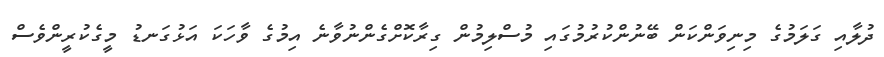
ދުލާއި ގަލަމުގެ މިނިވަންކަން ބޭނުންކުރުމުގައި މުސްލިމުން ގިރާކޮށްގެންނުވާނެ އިމުގެ ވާހަކަ އަޅުގަނޑު މީގެކުރީންވެސް